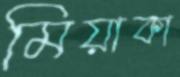
মিয়াকা